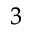
^ 3